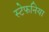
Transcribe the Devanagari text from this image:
स्टेफनिया